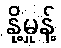
နို့မှုန့်